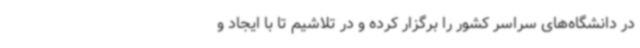
در دانشگاه‌های سراسر کشور را برگزار کرده و در تلاشیم تا با ایجاد و